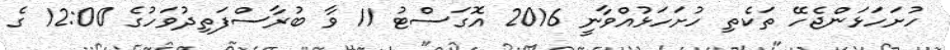
ހުށަހަޅަންޖެހޭ ތަކެތި ހުށަހަޅުއްވާނީ 2016 އޮގަސްޓު 11 ވާ ބުރާސްފަތިދުވަހުގެ 12:00 ގެ